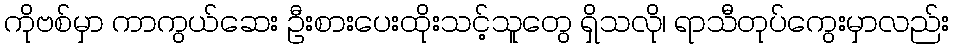
ကိုဗစ်မှာ ကာကွယ်ဆေး ဦးစားပေးထိုးသင့်သူတွေ ရှိသလို၊ ရာသီတုပ်ကွေးမှာလည်း